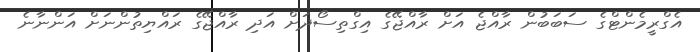
އެގްރީމެންޓްގެ ސަބަބުން ރާއްޖެ އަށް ރާއްޖޭގެ އިގްތިސޯދަށް އަދި ރާއްޖޭގެ ރައްޔިތުންނަށް އަންނާނެ